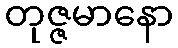
တုဇ္ဇမာနော